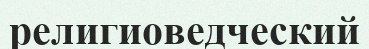
религиоведческий